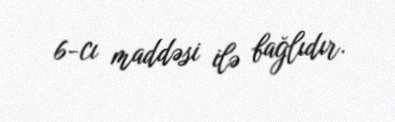
6-cı maddəsi ilə bağlıdır.